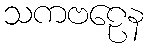
သကဗဠေန